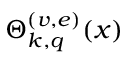
\Theta _ { k , q } ^ { ( v , e ) } ( x )